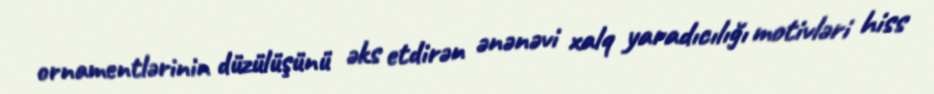
ornamentlərinin düzülüşünü əks etdirən ənənəvi xalq yaradıcılığı motivləri hiss